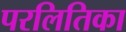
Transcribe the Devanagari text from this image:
परलितिका